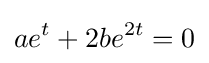
ae^{t}+2be^{2t}=0